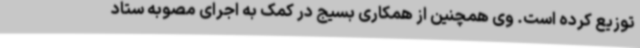
توزیع کرده است. وی همچنین از همکاری بسیج در کمک به اجرای مصوبه ستاد